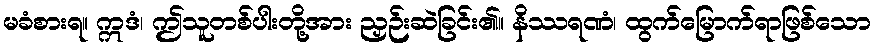
မခံစားရ။ ဣဒံ၊ ဤသူတစ်ပါးတို့အား ညှဉ်းဆဲခြင်း၏။ နိဿရဏံ၊ ထွက်မြောက်ရာဖြစ်သော